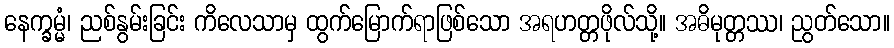
နေက္ခမ္မံ၊ ညစ်နွမ်းခြင်း ကိလေသာမှ ထွက်မြောက်ရာဖြစ်သော အရဟတ္တဖိုလ်သို့။ အဓိမုတ္တဿ၊ ညွတ်သော။